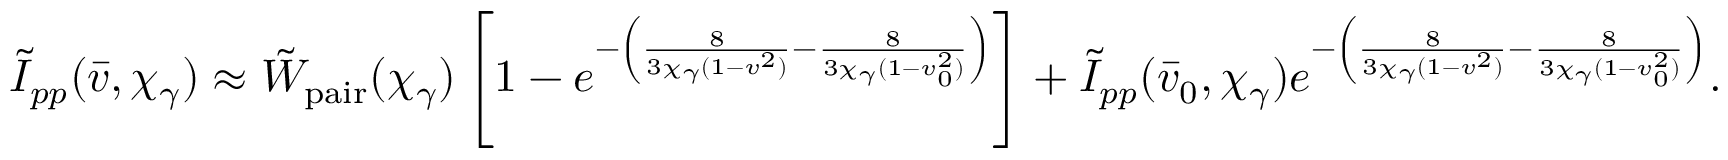
\tilde { I } _ { p p } ( \bar { v } , \chi _ { \gamma } ) \approx \tilde { W } _ { \mathrm { p a i r } } ( \chi _ { \gamma } ) \left[ 1 - e ^ { - \left( \frac { 8 } { 3 \chi _ { \gamma } ( 1 - v ^ { 2 } ) } - \frac { 8 } { 3 \chi _ { \gamma } ( 1 - v _ { 0 } ^ { 2 } ) } \right) } \right] + \tilde { I } _ { p p } ( \bar { v } _ { 0 } , \chi _ { \gamma } ) e ^ { - \left( \frac { 8 } { 3 \chi _ { \gamma } ( 1 - v ^ { 2 } ) } - \frac { 8 } { 3 \chi _ { \gamma } ( 1 - v _ { 0 } ^ { 2 } ) } \right) } .